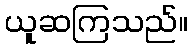
ယူဆကြသည်။